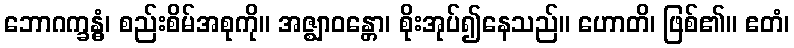
ဘောဂက္ခန္ဓံ၊ စည်းစိမ်အစုကို။ အဇ္ဈာဝန္တော၊ စိုးအုပ်၍နေသည်။ ဟောတိ၊ ဖြစ်၏။ ဧတံ၊